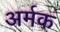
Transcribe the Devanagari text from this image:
अर्मक